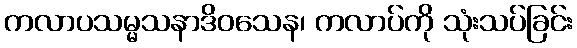
ကလာပသမ္မသနာဒိဝသေန၊ ကလာပ်ကို သုံးသပ်ခြင်း